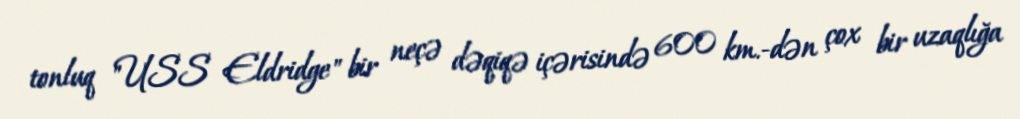
tonluq "USS Eldridge" bir neçə dəqiqə içərisində 600 km.-dən çox bir uzaqlığa